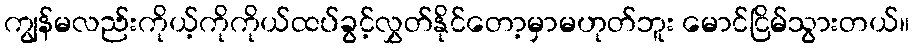
ကျွန်မလည်းကိုယ့်ကိုကိုယ်ထပ်ခွင့်လွှတ်နိုင်တော့မှာမဟုတ်ဘူး မောင်ငြိမ်သွားတယ်။